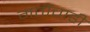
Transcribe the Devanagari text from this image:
गतींचाही